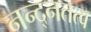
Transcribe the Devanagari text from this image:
नन्द्नतत्व